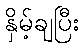
နှိမ့်ချပြီး